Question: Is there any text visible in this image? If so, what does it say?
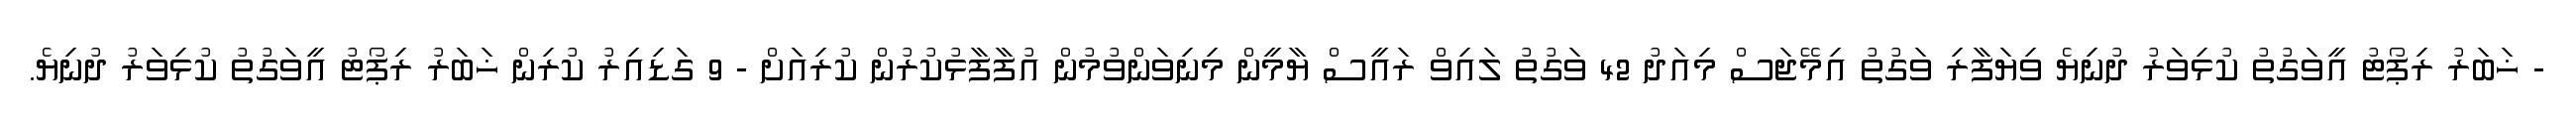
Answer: - ޚަބަރު ރިޕޯޓު އީވަގުތު ކުޅިވަރު ދުނިޔެ ވިޔަފާރި ވަގުތު އިމޭޖަސް މިއަދު 42 ވަގުތު ލައިވް ރައީސް ޔާމީން މިނިވަންވުމުން އުފާފާޅުކުރުން ކުރިއަށް - 9 ގަޑިއިރު ކުރިން ޚަބަރު ރިޕޯޓު އީވަގުތު ކުޅިވަރު ދުނިޔެ.